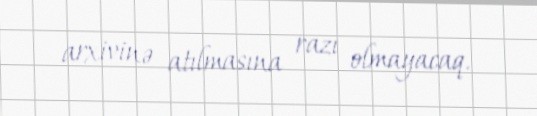
arxivinə atılmasına razı olmayacaq.